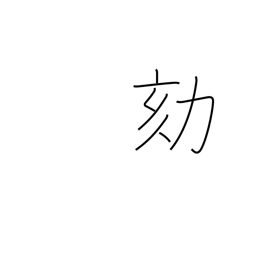
Meaning: criminal investigation